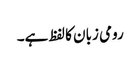
رومی زبان کا لفظ ہے۔